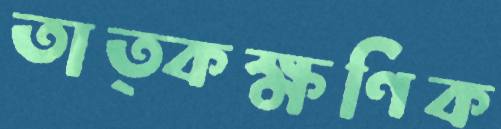
তাত্কক্ষণিক